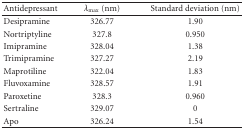
<table><thead><tr><td><b> Antidepressant </b></td><td><b><i>λ</i><sub>max </sub> (nm) </b></td><td><b> Standard deviation (nm) </b></td></tr></thead><tbody><tr><td>Desipramine</td><td>326.77</td><td>1.90</td></tr><tr><td>Nortriptyline</td><td>327.8</td><td>0.950</td></tr><tr><td>Imipramine</td><td>328.04</td><td>1.38</td></tr><tr><td>Trimipramine</td><td>327.27</td><td>2.19</td></tr><tr><td>Maprotiline</td><td>322.04</td><td>1.83</td></tr><tr><td>Fluvoxamine</td><td>328.57</td><td>1.91</td></tr><tr><td>Paroxetine</td><td>328.3</td><td>0.960</td></tr><tr><td>Sertraline</td><td>329.07</td><td>0</td></tr><tr><td>Apo </td><td>326.24</td><td>1.54</td></tr></tbody></table>